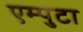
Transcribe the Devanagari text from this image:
एम्पुटा